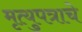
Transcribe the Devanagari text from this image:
मृत्युपत्राचे